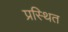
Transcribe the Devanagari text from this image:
प्रस्थित